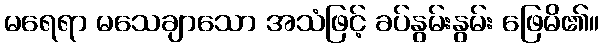
မရေရာ မသေချာသော အသံဖြင့် ခပ်နွမ်းနွမ်း ဖြေမိ၏။